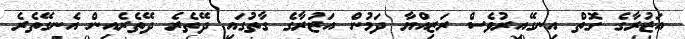
އަޒުރާގެ ގޮތް އިނގޭއިރުވެސް ރަޒިއްޔާ ދަމުން އަޒުރާގެ ގާތުގައި ދޭތެރެ ދޭތެރެއިން އެނގޭތެރެ